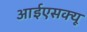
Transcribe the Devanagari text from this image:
आईएसक्यू